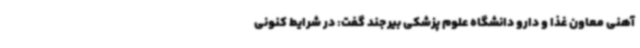
آهنی معاون غذا و دارو دانشگاه علوم پزشکی بیرجند گفت: در شرایط کنونی